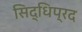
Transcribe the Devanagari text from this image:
सिद्धिप्रद